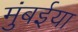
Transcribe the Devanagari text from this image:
मुंबईया